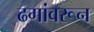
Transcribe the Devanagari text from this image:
ढगांवरून